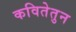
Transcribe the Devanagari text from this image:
कवितेतुन